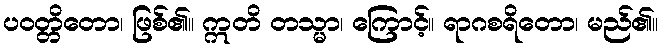
ပဝတ္တိတော၊ ဖြစ်၏။ ဣတိ တသ္မာ၊ ကြောင့်။ ရာဂစရိတော၊ မည်၏။